Jarvakandi_vallavalitsus, lk 27
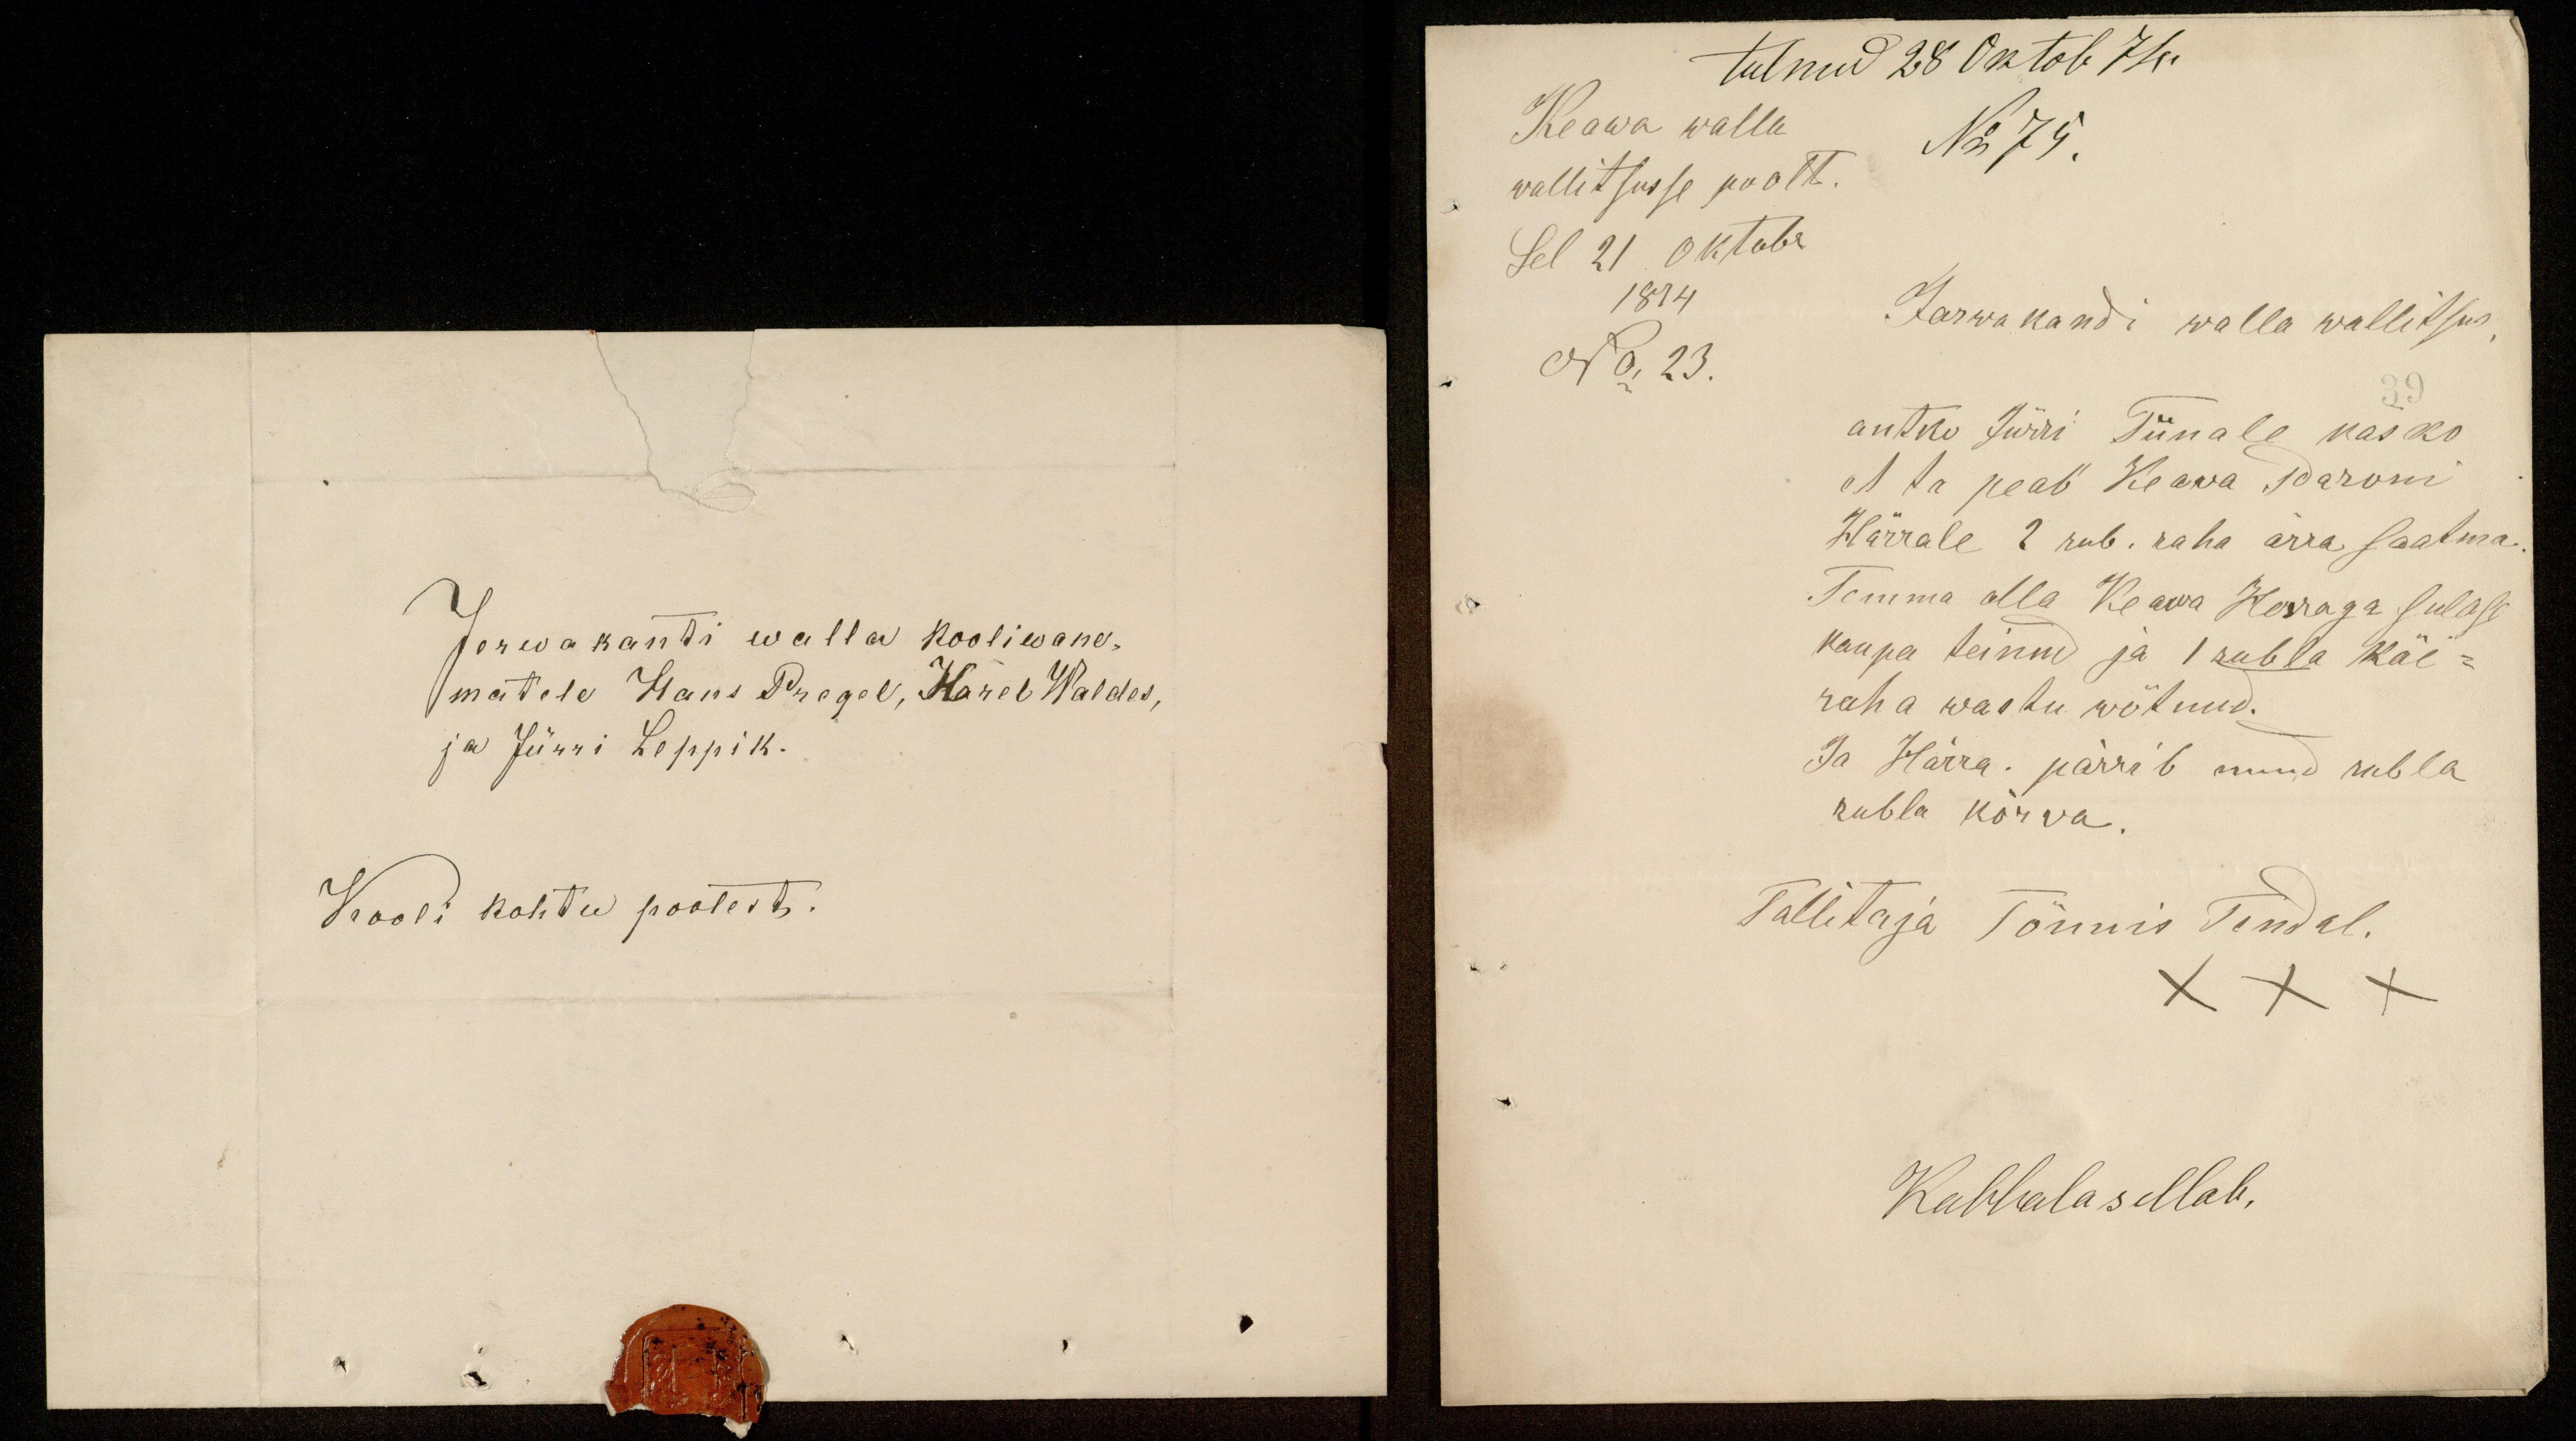
tulnud 28 Oktob 74.
Keawa walla
No 75.
wallitsusse poolt.
Sel 21 oktobr.
1874
Jarwakandi walla wallitsus.
No, 23.
39
antke Jürri Tiinale kasko
et ta peab Keawa Paroni
Härrale 2 rub. raha ärra saatma.
Temma alla Keawa Herraga sulase
kaupa teinud ja 1 rubla käe-
raha wastu wõtnud.
Ja Härra. pärrib nüüd rubla
rubla kõrva.
Tallitaja Tõnnis Tendal.
XX
X
Kabbalas ellab,

Jerwakanti walla kooliwane-
matele Hans Pregel, Karel Waldes,
ja Jürri Leppik.
Kooli kohtu poolest.